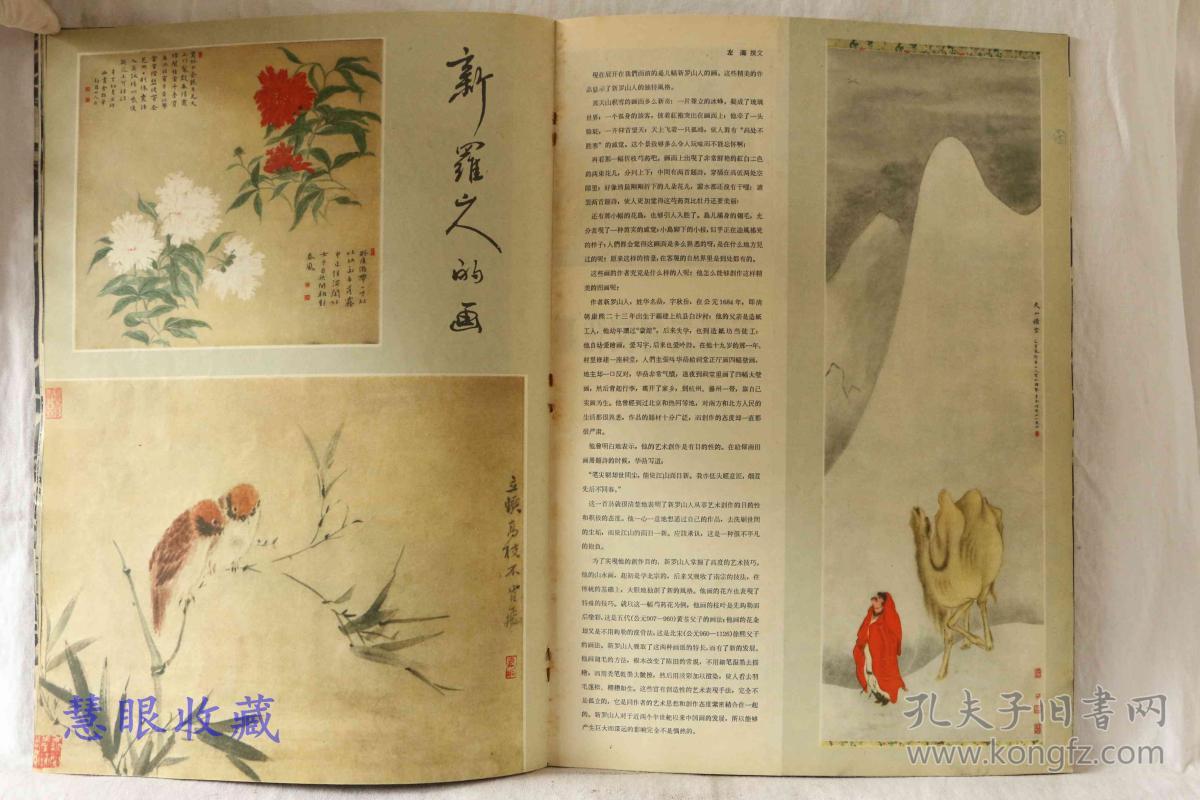
为有书来与我期，便从兰杜惹相思。